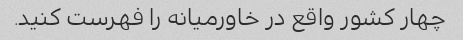
چهار کشور واقع در خاورمیانه را فهرست کنید.